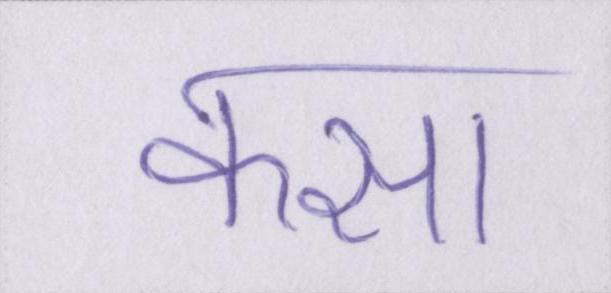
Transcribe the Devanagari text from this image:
कसा